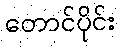
တောင်ပိုင်း